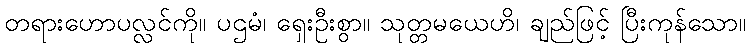
တရားဟောပလ္လင်ကို။ ပဌမံ၊ ရှေးဦးစွာ။ သုတ္တမယေဟိ၊ ချည်ဖြင့် ပြီးကုန်သော။